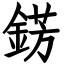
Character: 錺